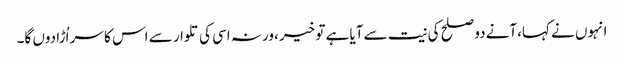
انہوں نے کہا،آنے دو صلح کی نیت سے آیا ہے تو خیر ،ورنہ اسی کی تلوار سے اس کا سر اُڑا دوں گا۔